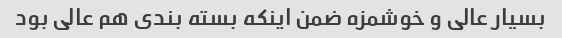
بسیار عالی و خوشمزه ضمن اینکه بسته بندی هم عالی بود